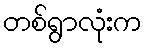
တစ်ရွာလုံးက